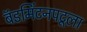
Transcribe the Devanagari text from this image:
बॅडमिंटनपटूला